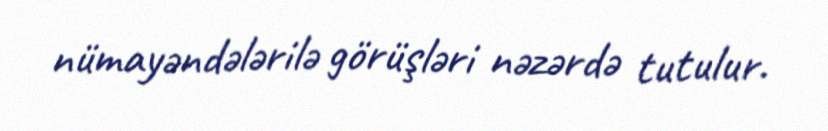
nümayəndələrilə görüşləri nəzərdə tutulur.